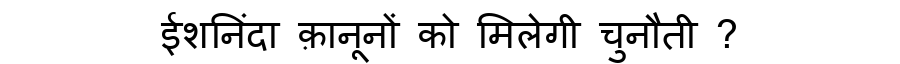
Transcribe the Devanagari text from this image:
ईशनिंदा क़ानूनों को मिलेगी चुनौती ?